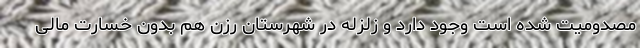
مصدومیت شده است وجود دارد و زلزله در شهرستان رزن هم بدون خسارت مالی